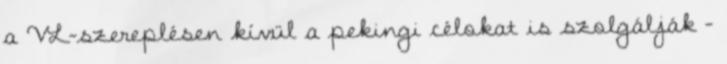
a VL-szereplésen kívül a pekingi célokat is szolgálják -